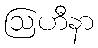
ဩဟီနာ